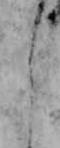
よ